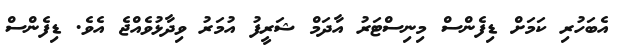
އެބަހުރި ކަމަށް ޑިފެންސް މިނިސްޓަރު އާދަމް ޝަރީފު އުމަރު ވިދާޅުވެއްޖެ އެވެ. ޑިފެންސް